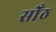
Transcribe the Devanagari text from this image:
सोँठ